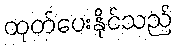
ထုတ်ပေးနိုင်သည်